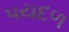
પયદળ